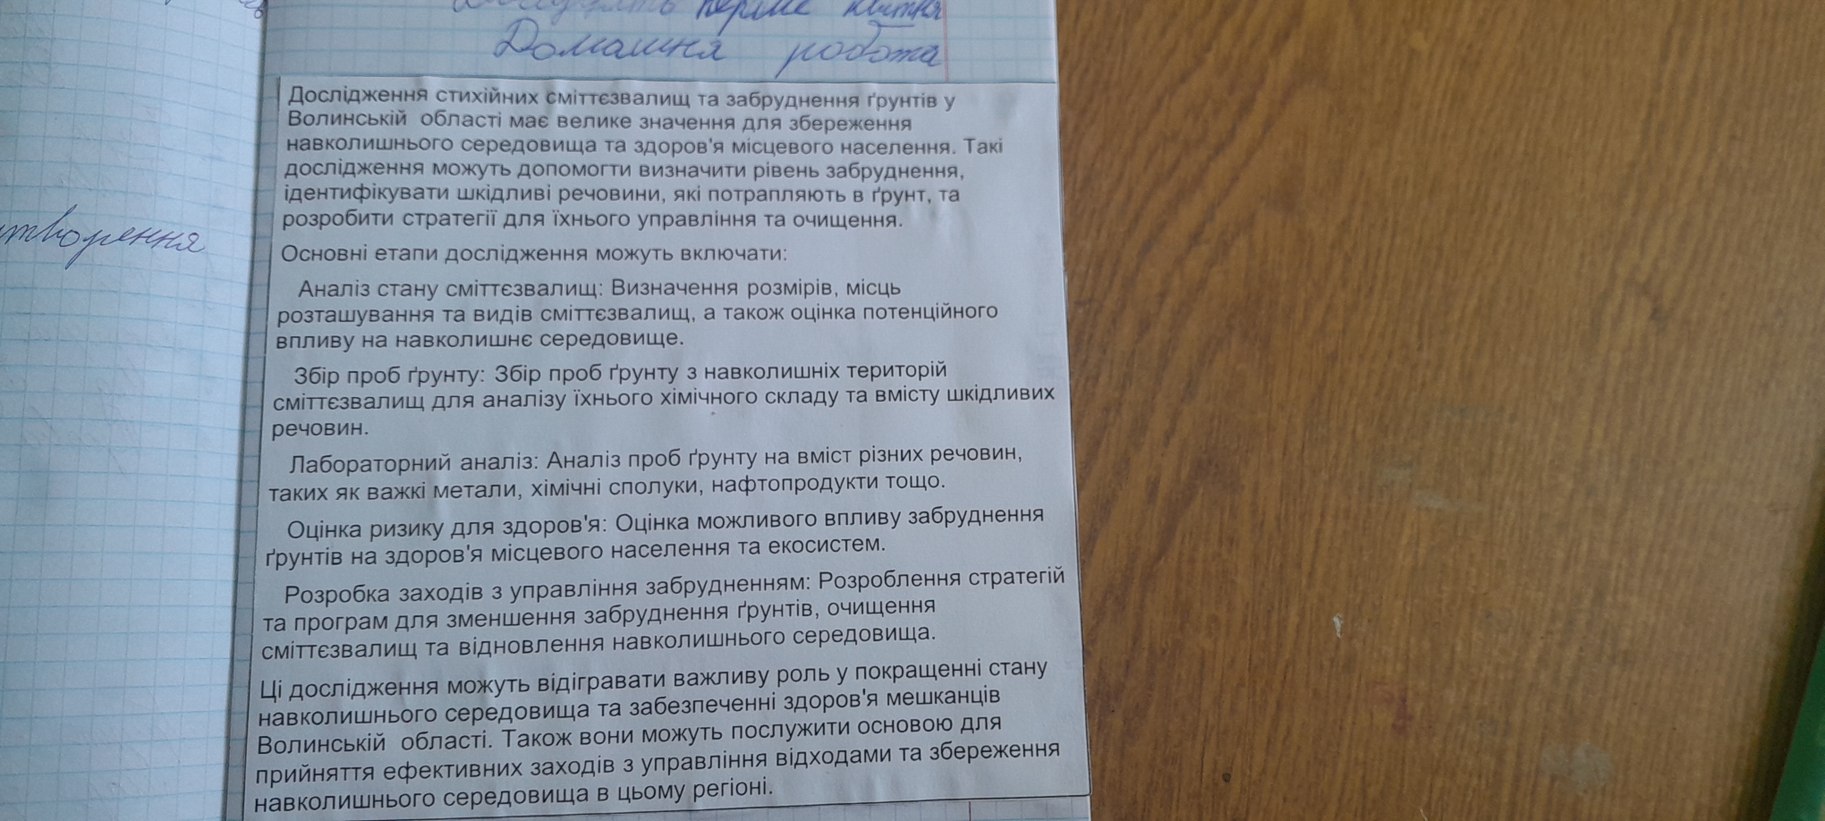
Двадцять перше квітня
Домашня робота
Дослідження стихійних сміттєзвалищ та забруднення ґрунтів у
Волинській області має велике значення для збереження
навколишнього середовища та здоров'я місцевого населення. Такі
дослідження можуть допомогти визначити рівень забруднення,
ідентифікувати шкідливі речовини, які потрапляють в ґрунт, та
розробити стратегії для їхнього управління та очищення.
Основні етапи дослідження можуть включати:
Аналіз стану сміттєзвалищ: Визначення розмірів, місць
розташування та видів сміттєзвалищ, а також оцінка потенційного
впливу на навколишнє середовище.
Збір проб ґрунту: Збір проб ґрунту з навколишніх територій
сміттєзвалищ для аналізу їхнього хімічного складу та вмісту шкідливих
речовин.
Лабораторний аналіз: Аналіз проб ґрунту на вміст різних речовин
таких як важкі метали, хімічні сполуки, нафтопродукти тощо.
Оцінка ризику для здоров'я: Оцінка можливого впливу забруднення
ґрунтів на здоров'я місцевого населення та екосистеми.
Розробка заходів з управління забрудненням: Розроблення стратегій
та програм для зменшення забруднення ґрунтів, очищення
сміттєзвалищ та відновлення навколишнього середовища.
Ці дослідження можуть відігравати важливу роль у покращенні стану
навколишнього середовища та забезпеченні здоров'я мешканці
Волинській області. Також вони можуть послужити основою для
прийняття ефективних заходів з управління відходами та збереження
навколишнього середовища в цьому регіоні.